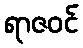
ရာဇဝင်